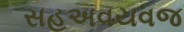
સહઅવયવજ